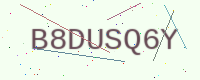
Text: B8DUSQ6Y